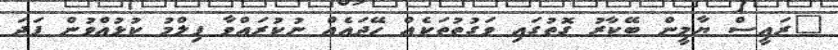
"ރައީސް ޔާމީން ބޭކާރު ގޮތުގައި ވަގުތުތަކެއް ހޭދައެއް ނުކުރައްވާ ފިލްމު ކުޅުއްވުން ފަދަ